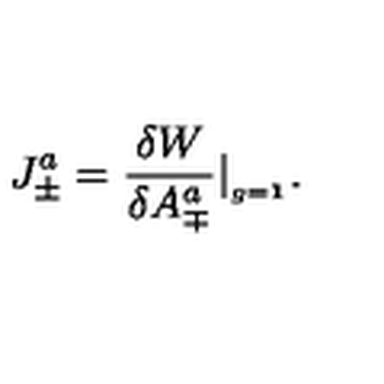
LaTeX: J _ { \pm } ^ { a } = { \frac { \delta W } { \delta A _ { \mp } ^ { a } } } \vert _ { _ { g = { \bf 1 } } } .